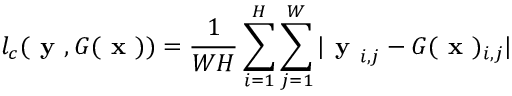
l _ { c } ( \textbf { y } , G ( \textbf { x } ) ) = \frac { 1 } { W H } \sum _ { i = 1 } ^ { H } \sum _ { j = 1 } ^ { W } | \textbf { y } _ { i , j } - G ( \textbf { x } ) _ { i , j } |